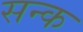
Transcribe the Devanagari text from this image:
सन्क